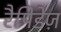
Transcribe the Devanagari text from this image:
रैपिडेज़